38_143685_box7_Incident_Summaries_1-100
Agency: Department of War
Page 86
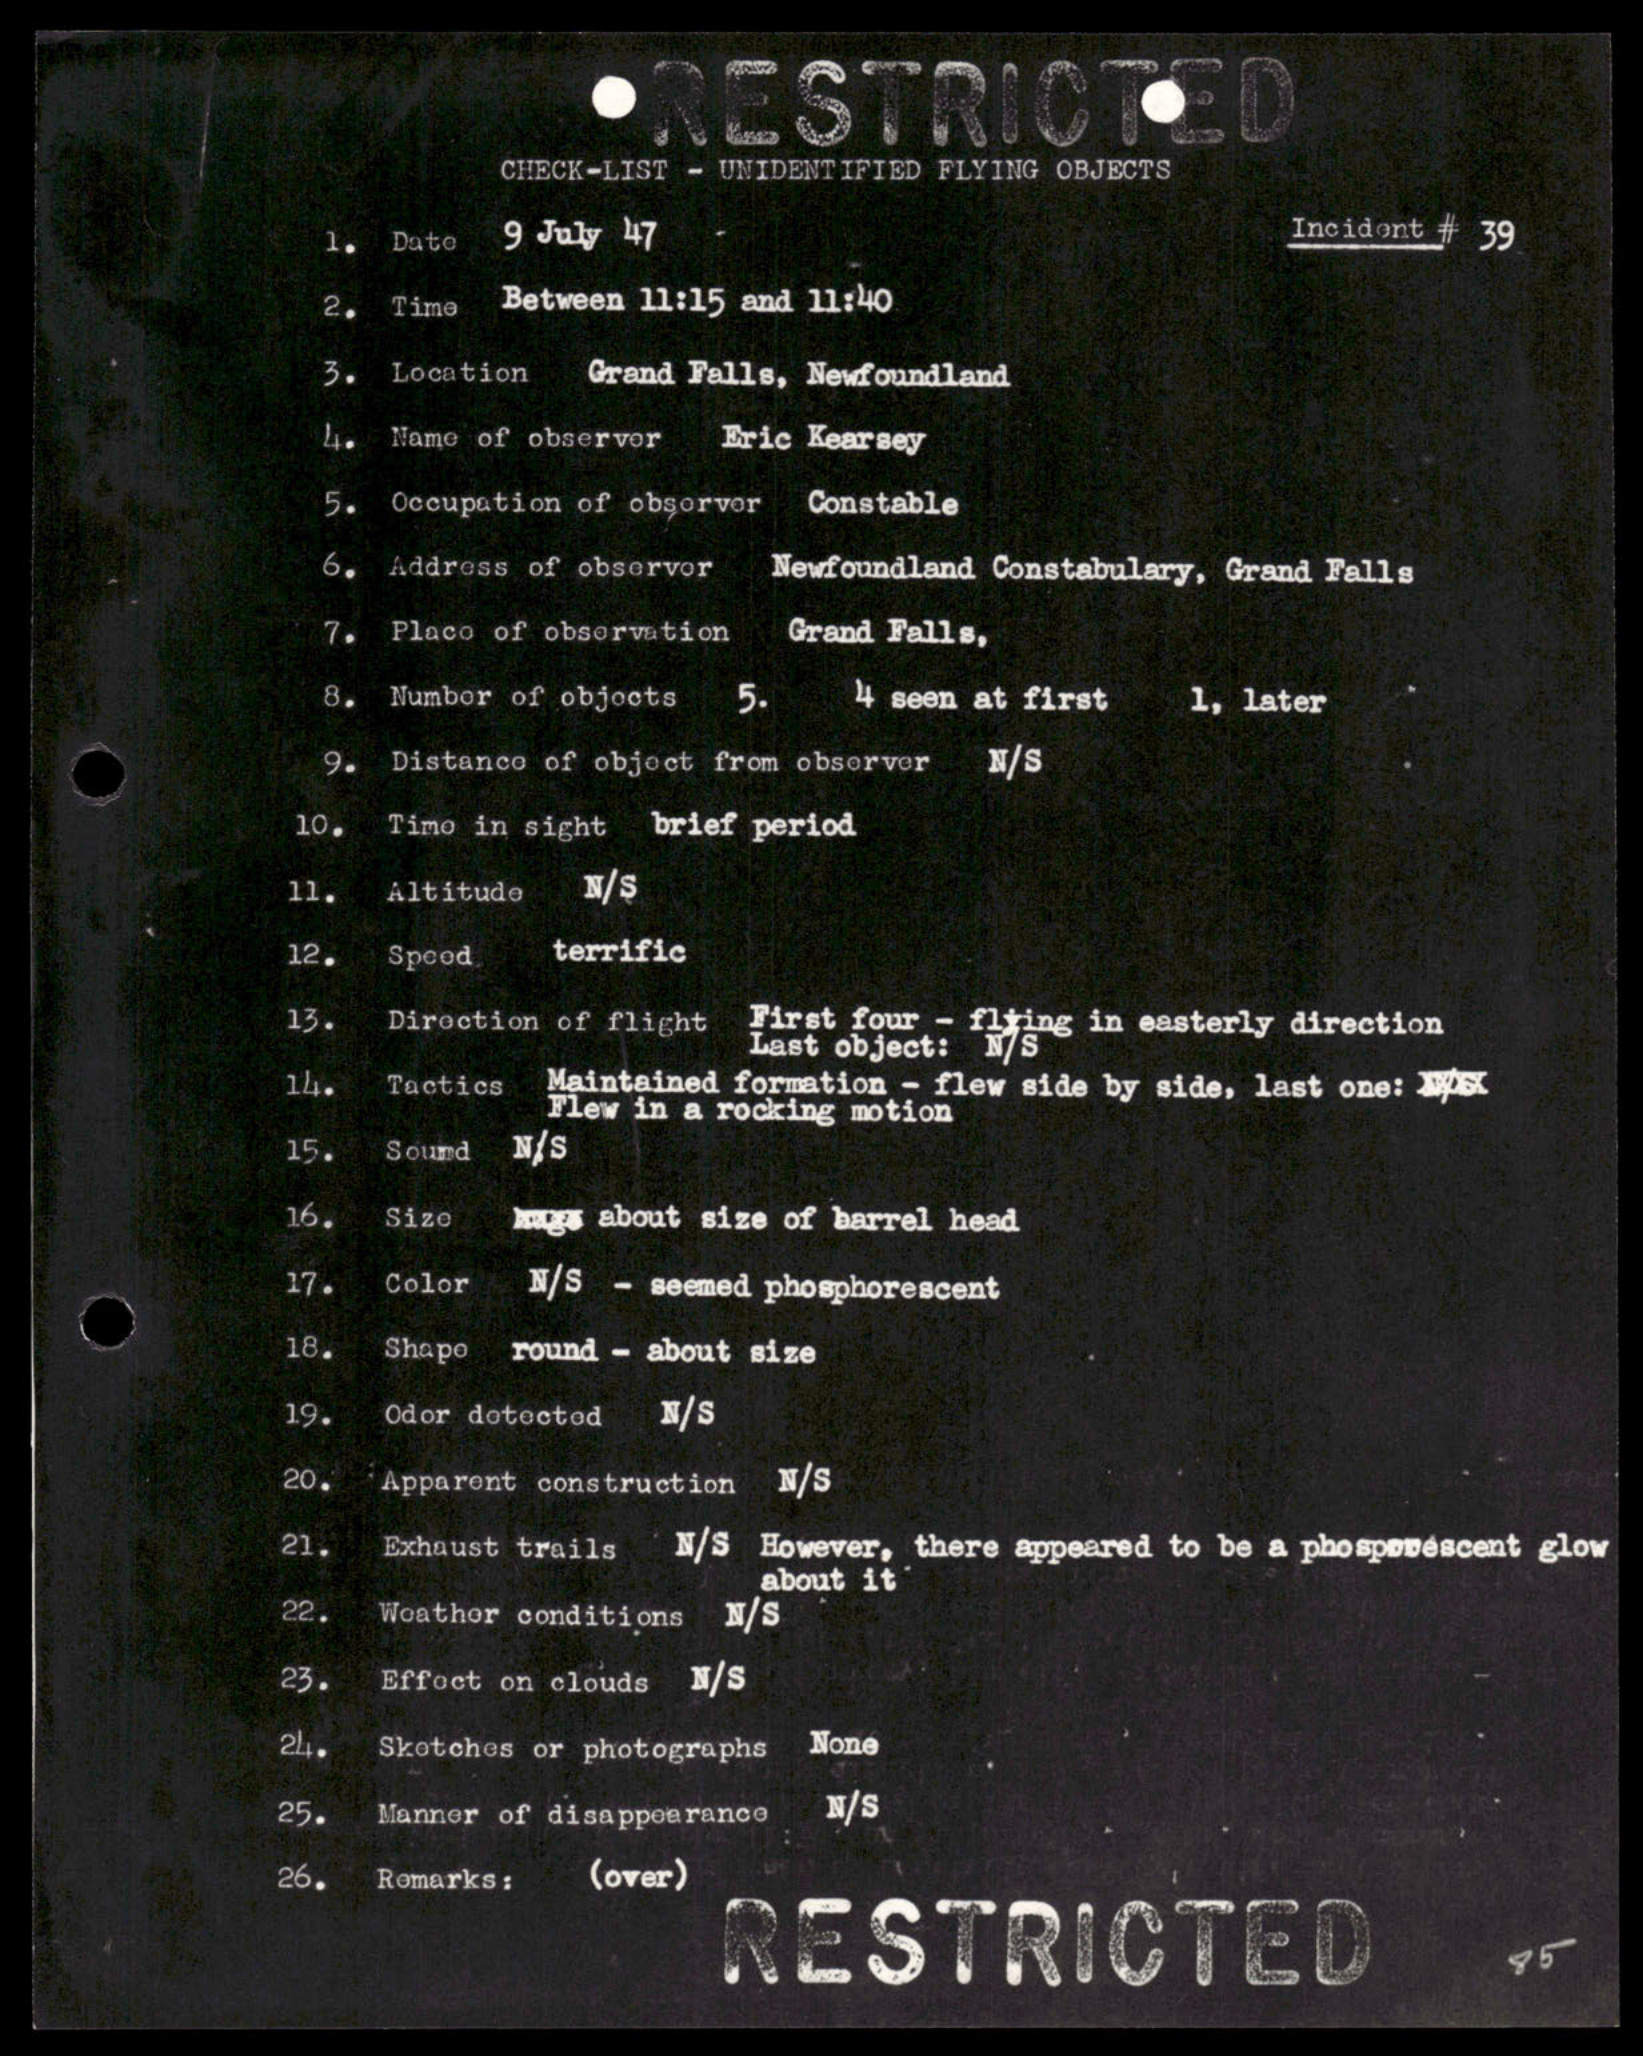